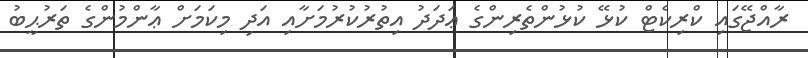
ރާއްޖޭގައި ކްރިކެޓް ކުޅޭ ކުޅުންތެރިންގެ ޢަދަދު އިތުރުކުރުމަށާއި އަދި މިކަމަށް ޢާންމުންގެ ތަރުޙީބު